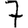
Digit: 7